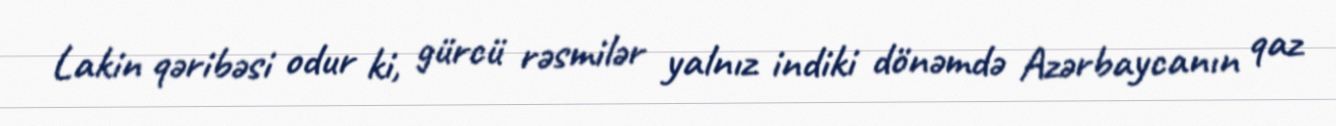
Lakin qəribəsi odur ki, gürcü rəsmilər yalnız indiki dönəmdə Azərbaycanın qaz